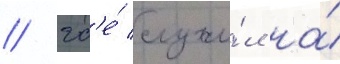
/ гд'е́ служи́л на́